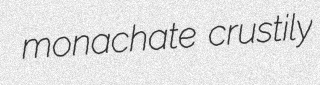
monachate crustily